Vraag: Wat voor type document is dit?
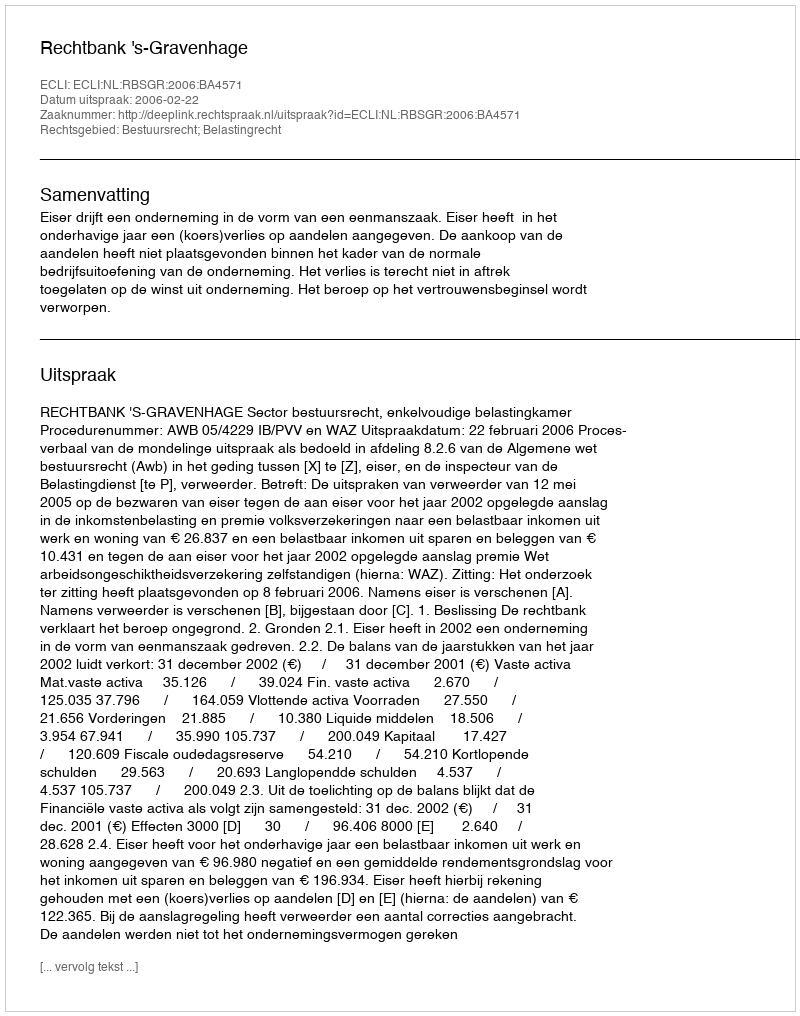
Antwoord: Uitspraak